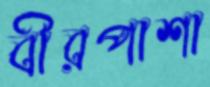
বীরপাশা